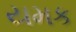
યમક